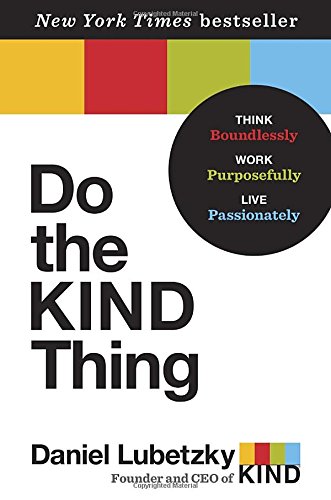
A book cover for Do the KIND Thing: Think Boundlessly, Work Purposefully, Live Passionately; Daniel Lubetzky; Cookbooks, Food & Wine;